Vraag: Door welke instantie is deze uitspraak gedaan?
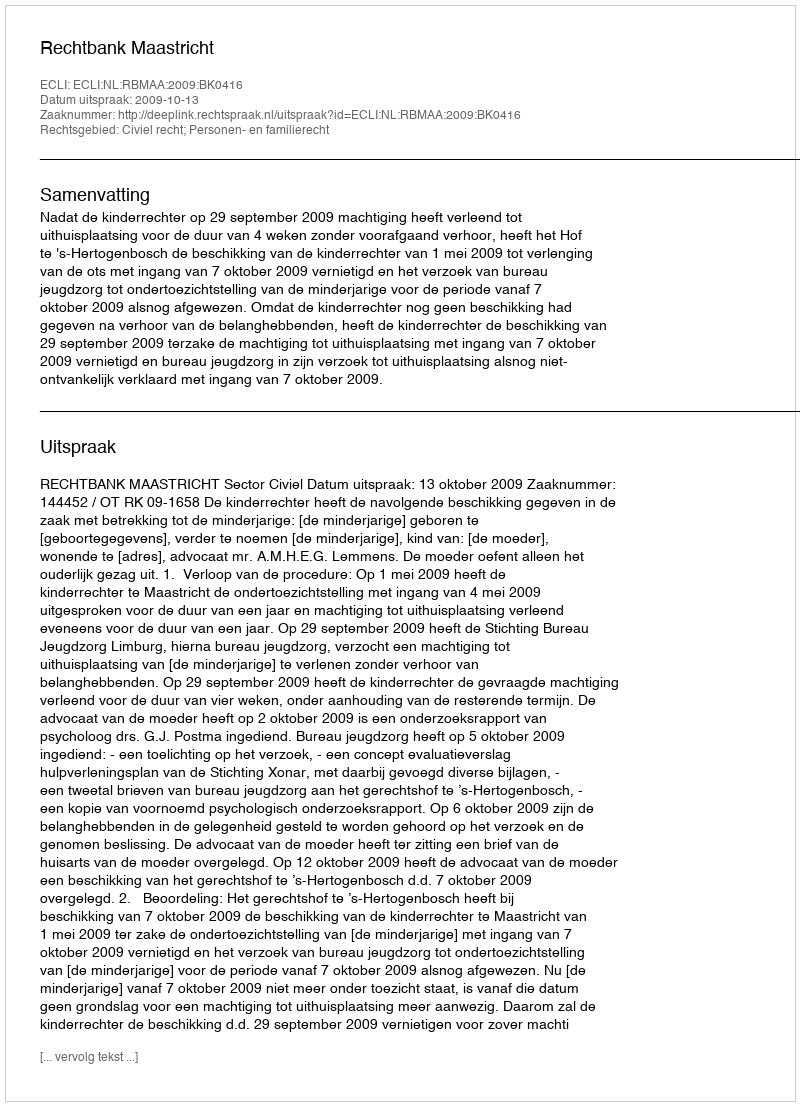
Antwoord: Rechtbank Maastricht